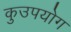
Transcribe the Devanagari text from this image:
कुउपयोग